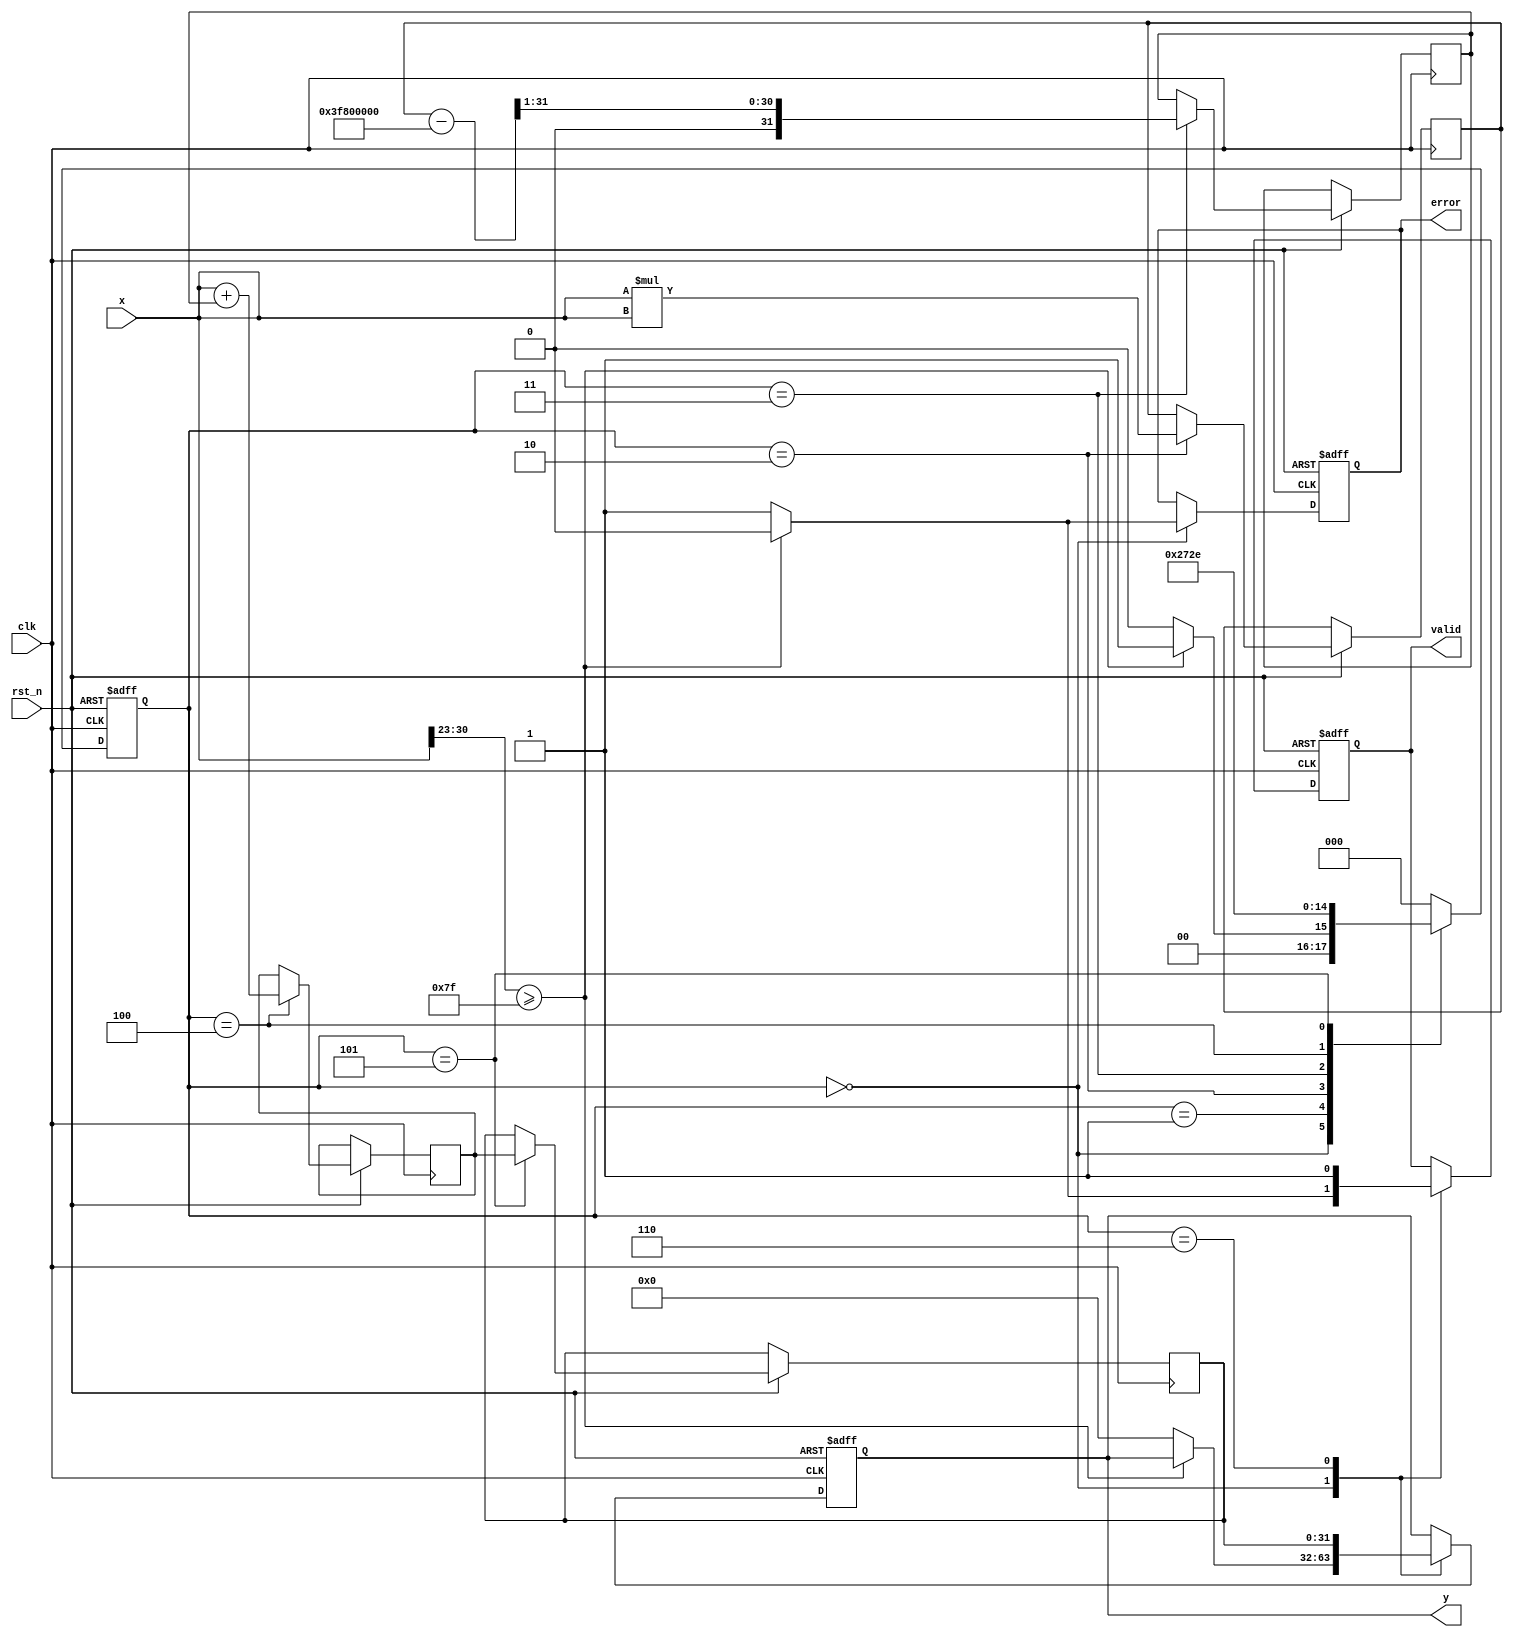
module acosh (
    input wire clk,
    input wire rst_n,
    input wire [31:0] x, // 32-bit floating-point input
    output reg [31:0] y, // 32-bit floating-point output
    output reg valid,     // Output valid signal
    output reg error      // Error signal
);

    // Internal signals
    reg [31:0] x_squared;
    reg [31:0] sqrt_term;
    reg [31:0] sum;
    reg [31:0] ln_result;
    reg [2:0] state;
    
    // State encoding
    localparam IDLE = 3'b000,
               VALIDATE = 3'b001,
               SQUARE = 3'b010,
               SQRT = 3'b011,
               ADD = 3'b100,
               LN = 3'b101,
               OUTPUT = 3'b110;

    // Floating-point comparison for x >= 1
    wire x_ge_1 = (x[30:23] >= 8'b01111111); // Check if exponent >= 127 (1.0)

    // Floating-point square root approximation (simple)
    function [31:0] sqrt_approx(input [31:0] a);
        begin
            // Simple approximation for sqrt (not accurate, replace with a proper implementation)
            sqrt_approx = a >> 1; // Placeholder for actual sqrt implementation
        end
    endfunction

    // Natural logarithm approximation (simple)
    function [31:0] ln_approx(input [31:0] a);
        begin
            // Simple logarithm approximation (not accurate, replace with a proper implementation)
            ln_approx = a; // Placeholder for actual ln implementation
        end
    endfunction

    // State machine
    always @(posedge clk or negedge rst_n) begin
        if (!rst_n) begin
            state <= IDLE;
            y <= 32'b0;
            valid <= 1'b0;
            error <= 1'b0;
        end else begin
            case (state)
                IDLE: begin
                    valid <= 1'b0;
                    error <= 1'b0;
                    if (x_ge_1) begin
                        state <= VALIDATE;
                    end else begin
                        error <= 1'b1; // Set error for invalid input
                        y <= 32'b0; // Return zero or NaN
                        valid <= 1'b1;
                        state <= IDLE;
                    end
                end
                
                VALIDATE: begin
                    state <= SQUARE;
                end
                
                SQUARE: begin
                    x_squared <= x * x; // Compute x^2
                    state <= SQRT;
                end
                
                SQRT: begin
                    sqrt_term <= sqrt_approx(x_squared - 32'h3F800000); // Compute sqrt(x^2 - 1)
                    state <= ADD;
                end
                
                ADD: begin
                    sum <= x + sqrt_term; // Compute x + sqrt(x^2 - 1)
                    state <= LN;
                end
                
                LN: begin
                    ln_result <= ln_approx(sum); // Compute ln(x + sqrt(x^2 - 1))
                    state <= OUTPUT;
                end
                
                OUTPUT: begin
                    y <= ln_result; // Output result
                    valid <= 1'b1; // Set valid output
                    state <= IDLE; // Go back to IDLE
                end
                
                default: state <= IDLE;
            endcase
        end
    end
endmodule